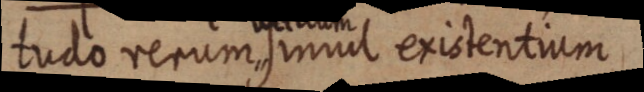
tudo rerum simul existentium